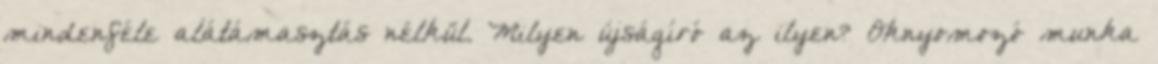
mindenféle alátámasztás nélkül. Milyen újságíró az ilyen? Oknyomozó munka